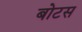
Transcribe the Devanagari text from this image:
बोटस